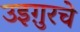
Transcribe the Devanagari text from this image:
उइग़ुरचे